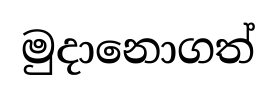
මුදානොගත්